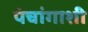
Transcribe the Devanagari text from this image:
पंचांगाशी